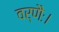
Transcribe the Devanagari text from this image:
वर्णैः।